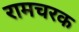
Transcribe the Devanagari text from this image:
रामचरक